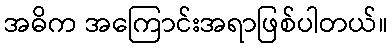
အဓိက အကြောင်းအရာဖြစ်ပါတယ်။